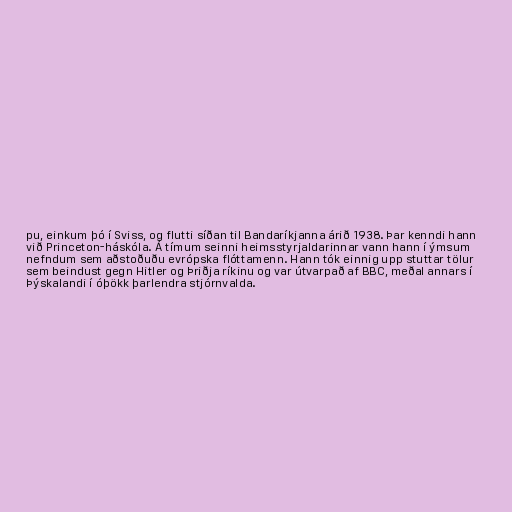
pu, einkum þó í Sviss, og flutti síðan til Bandaríkjanna árið 1938. Þar kenndi hann
við Princeton-háskóla. Á tímum seinni heimsstyrjaldarinnar vann hann í ýmsum
nefndum sem aðstoðuðu evrópska flóttamenn. Hann tók einnig upp stuttar tölur
sem beindust gegn Hitler og Þriðja ríkinu og var útvarpað af BBC, meðal annars í
Þýskalandi í óþökk þarlendra stjórnvalda.